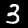
Label: 3